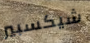
شيكسبير